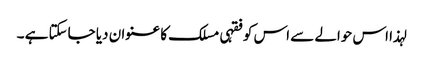
لہذا اس حوالے سے اس کو فقہی مسلک کا عنوان دیا جاسکتا ہے ۔